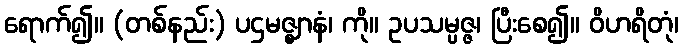
ရောက်၍။ (တစ်နည်း) ပဌမဇ္ဈာနံ၊ ကို။ ဥပသမ္ပဇ္ဇ၊ ပြီးစေ၍။ ဝိဟရိတုံ၊